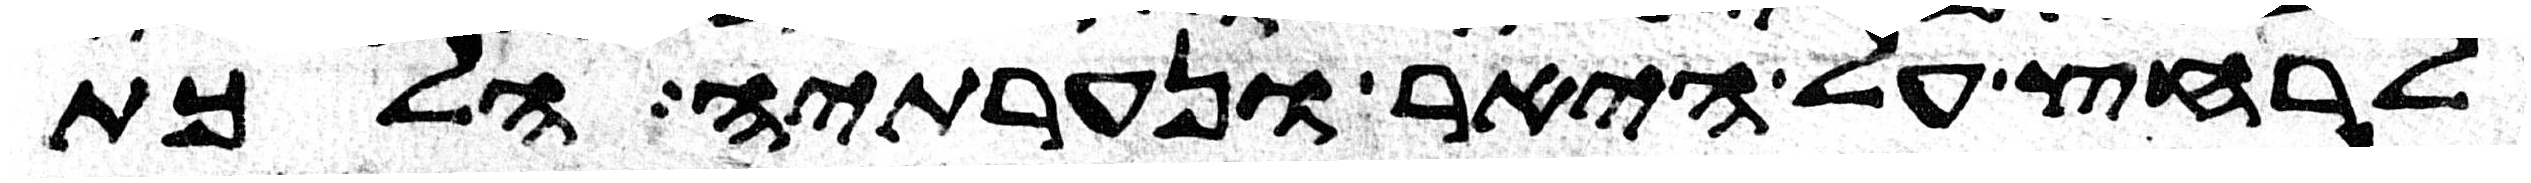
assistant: לרחץ על היאר ונערתיה הלכת